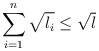
LaTeX: \begin{align*}\sum_{i=1}^n \sqrt{l_i} \leq \sqrt{l}\end{align*}